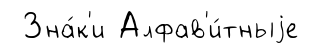
Зна́к'и Алфав'и́тныjе